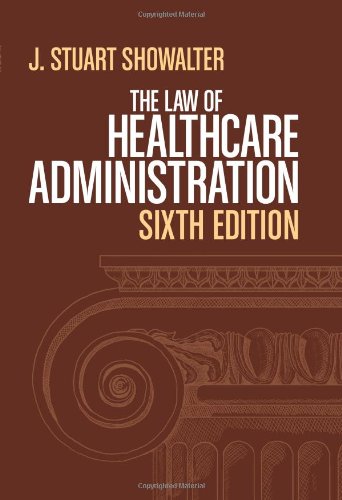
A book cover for The Law of Healthcare Administration, Sixth Edition; J. Stuart Showalter; Medical Books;